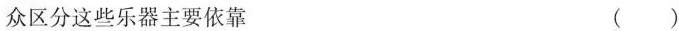
众区分这些乐器主要依靠 ( )